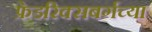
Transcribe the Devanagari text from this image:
फ्रेडरिक्सबर्गच्या